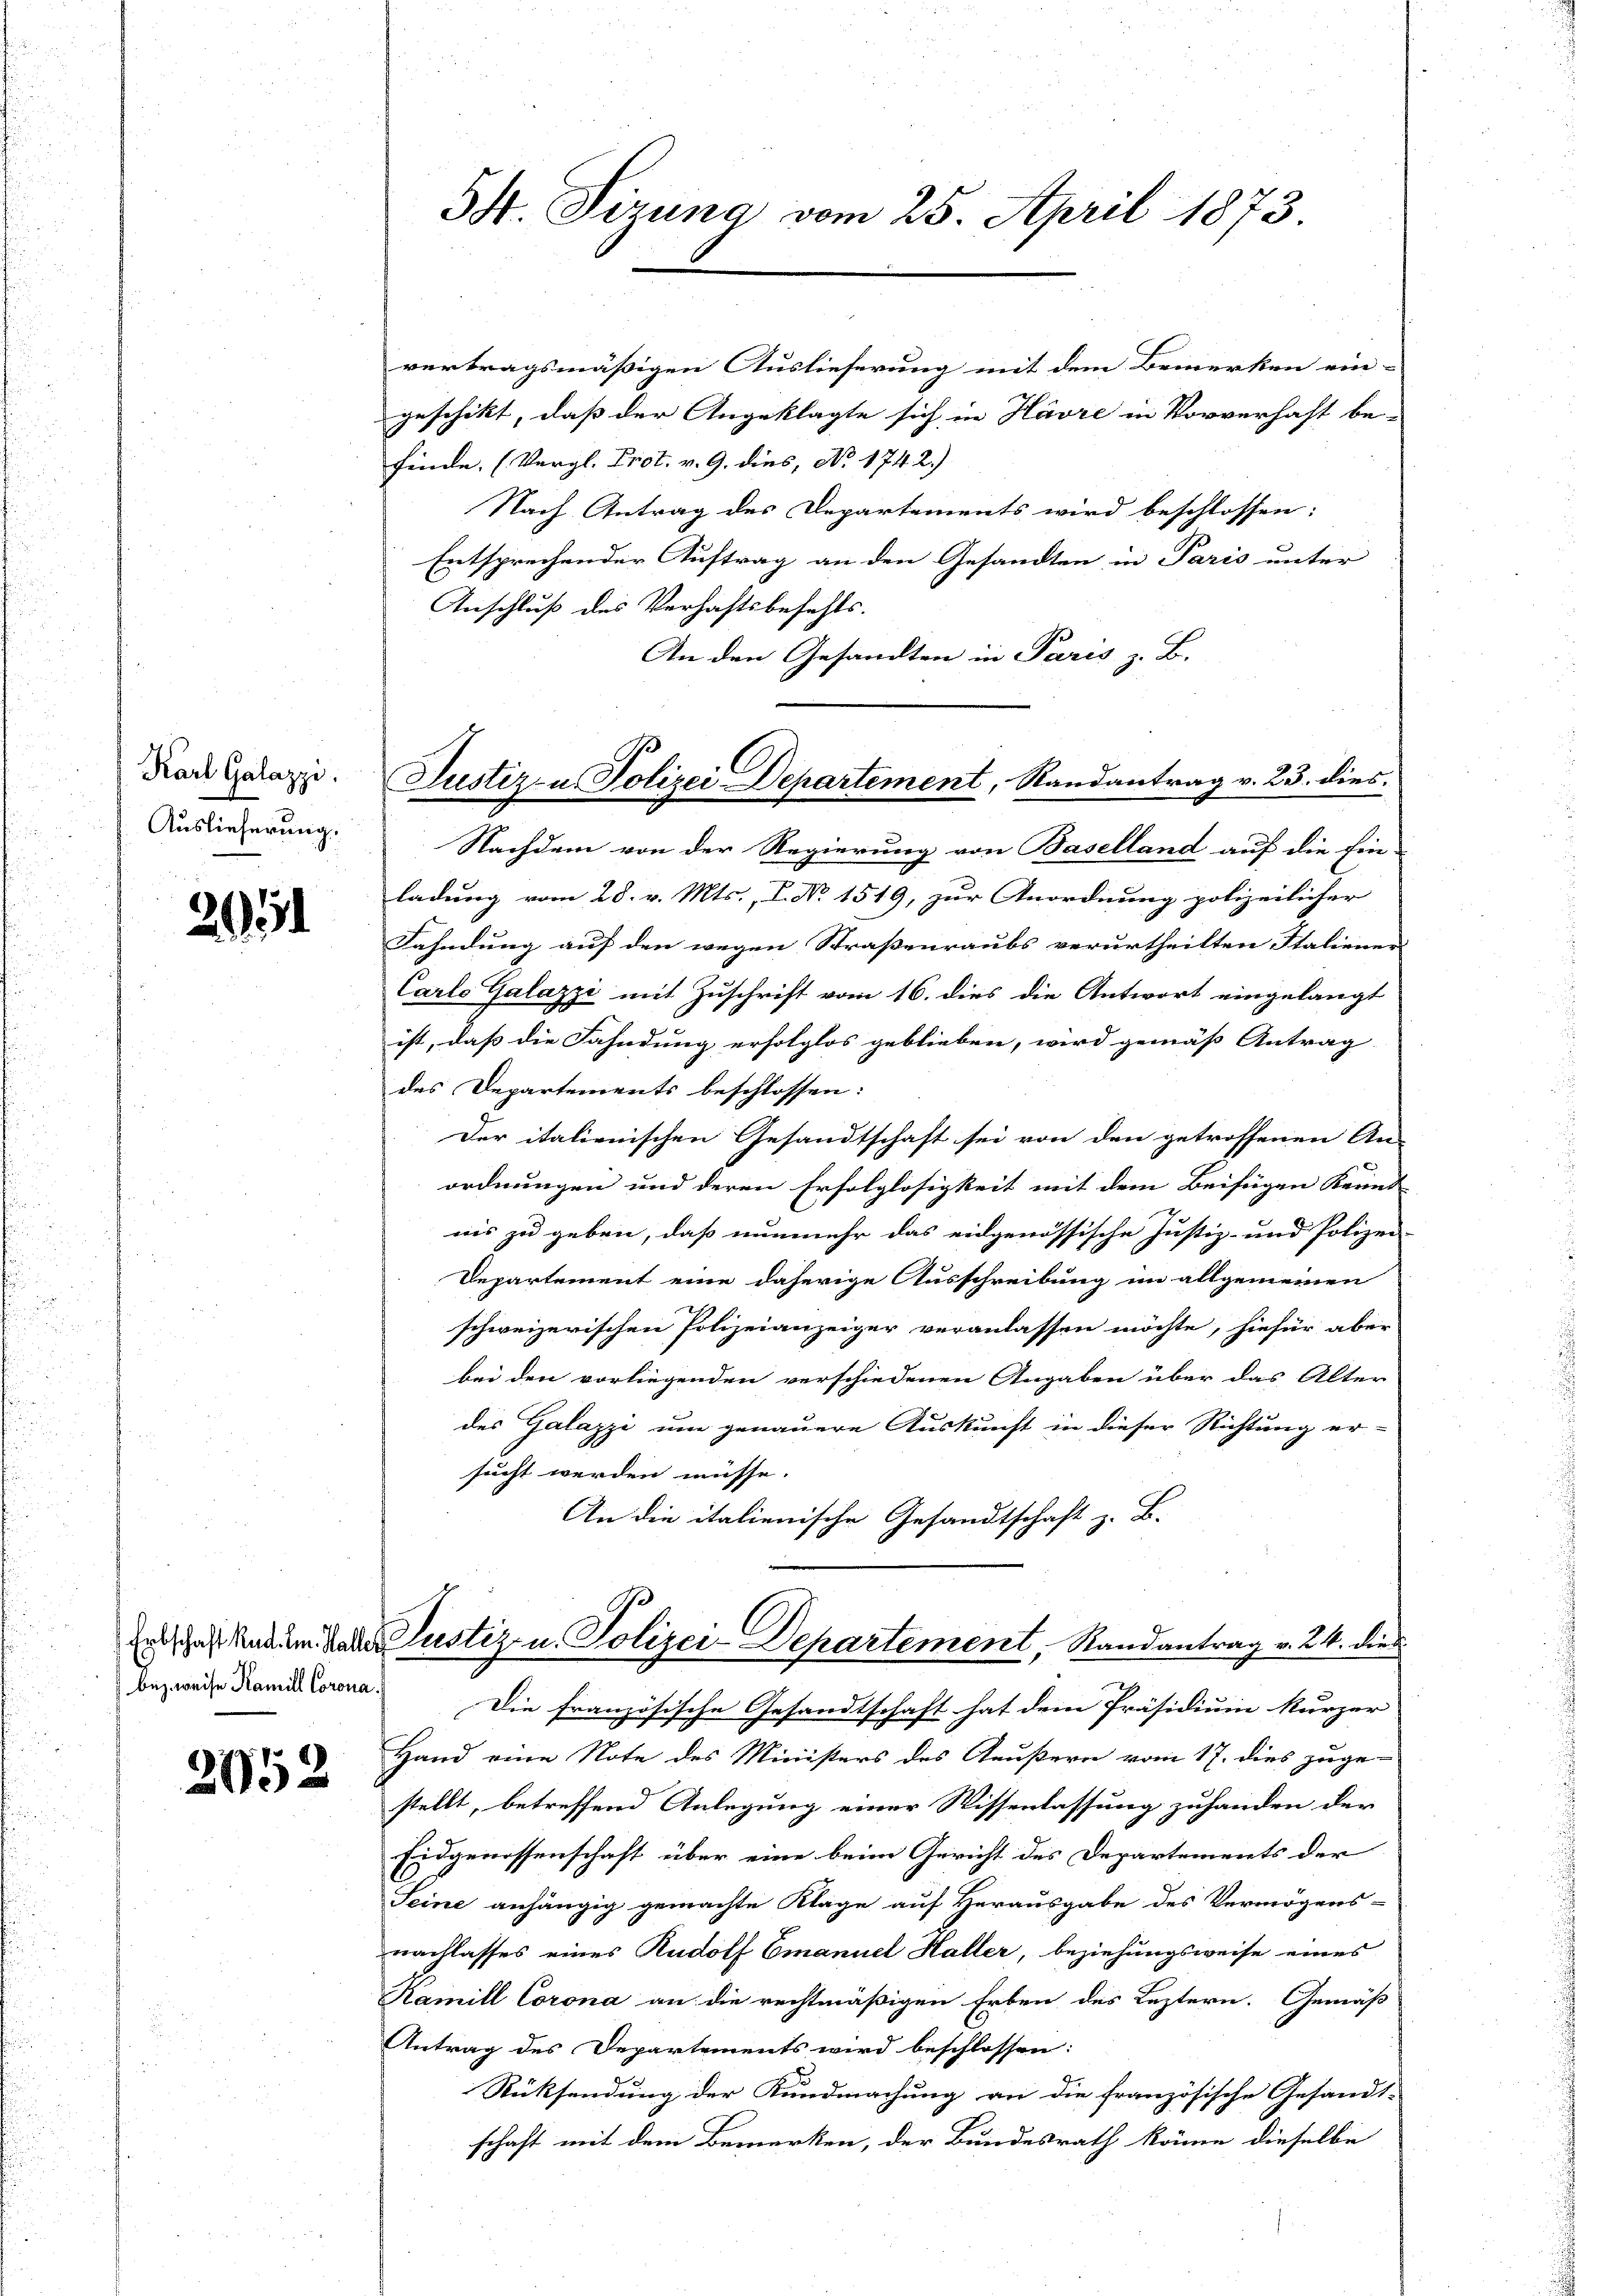
Karl Galazzi.
Auslieferung.

254

bezweise Kamill Corona.

2052

5 Sirung vom 25. April 1873

vertragsmäßigen Auslieferung mit dem Bemerken ein-
geschikt, daß der Angeklagte sich in Havre in Vorverhaft be-
finde, (Vergl. Prot. v. 9. dies, No 174. 2.)
Nach Antrag des Departements wird beschlossen:
Entsprechender Auftrag an den Gesandten in Paris unter
Anschluß des Verhaftsbefehls.
An den Gesandten in Paris z. B.
Nachdem von der Regierung von Baselland auf die Ein-
ladung vom 28. v. Mts., I. No. 1519, zur Anordnung polizeilicher
Fahndung auf den wegen Straßenraubs verurtheilten Staliener
Carlo Galazzi mit Zuschrift vom 16. dies die Antwort eingelangt
ist, daß die Fahndung erfolglos geblieben, wird gemäss Antrag
des Departements beschlossen:
Der italienischen Gesandtschaft sei von den getroffenen An-
ordnungen und deren Erfolglosigkeit mit dem Beifügen Kennt-
nis zu geben, daß nunmehr das eidgenössische Justiz- und Polizei-
Departement eine daherige Ausschreibung im allgemeinen
schweizerischen Polizeianzeiger veranlassen möchte, hiefür aber
bei den vorliegenden verschiedenen Angaben über das Alter
des Galazzi um genauere Auskunft in dieser Richtung er-
sucht werden müsse.
An die italienische Gesandtschaft z. B.
Er hat dem Vater Justiz- u. Polizei-Departement, Randantrag v. 24. dies
Die französische Gesandtschaft hat dem Präsidium kurzer
Hand eine Note des Ministers des Aeußern vom 17. dies zuge-
stellt, betreffend Anlegung einer Wissenlassung zuhanden der
Eidgenossenschaft über eine beim Gericht des Departements der
Seine anhängig gemachte Klage auf Herausgabe des Vermögens-
nachlasses eines Rudolf Emanuel Haller, beziehungsweise eines
Ramill Corona an die rechtmäßigen Erben des Leztern. Gemäß
Antrag des Departements wird beschlossen:
Rücksendung der Kundmachung an die französische Gesandt-
schaft mit dem Bemerken, der Bundesrath könne dieselbe

Justiz- u. Polizei Departement, Randantrag v. 23. dies